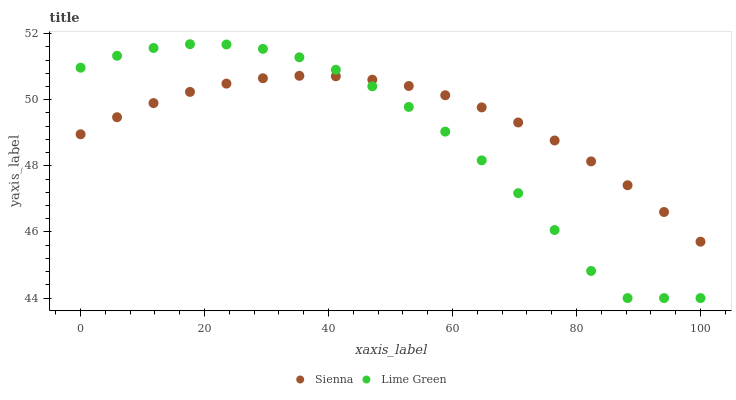
| xaxis_label | Sienna | Lime Green |
 | --- | --- | --- |
 | 0 | 49 | 51 |
 | 5.88 | 49.5 | 51.3 |
 | 11.8 | 49.9 | 51.6 |
 | 17.6 | 50.2 | 51.7 |
 | 23.5 | 50.5 | 51.7 |
 | 29.4 | 50.7 | 51.5 |
 | 35.3 | 50.7 | 51.3 |
 | 41.2 | 50.7 | 50.9 |
 | 47.1 | 50.6 | 50.4 |
 | 52.9 | 50.4 | 49.8 |
 | 58.8 | 50.1 | 49 |
 | 64.7 | 49.8 | 48.2 |
 | 70.6 | 49.3 | 47.2 |
 | 76.5 | 48.8 | 46.1 |
 | 82.4 | 48.1 | 44.8 |
 | 88.2 | 47.4 | 44 |
 | 94.1 | 46.6 | 44 |
 | 100 | 45.7 | 44 |